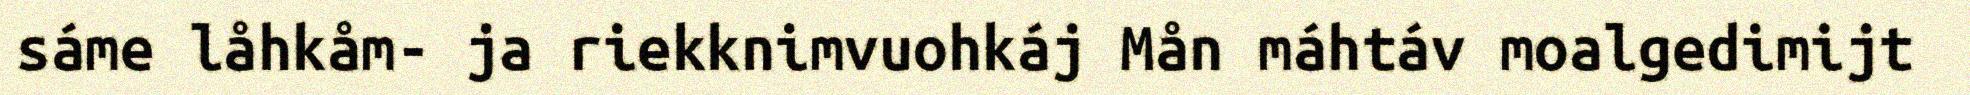
sáme låhkåm- ja riekknimvuohkáj Mån máhtáv moalgedimijt